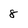
Character: 8